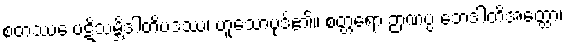
စတဿေ ပဋိသမ္ဘိဒါတိပဒဿ၊ ဟူသောပုဒ်၏။ စတ္တရော ဉာဏပ္ပ ဘေဒါတိအတ္ထော၊